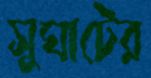
সুঘাটের